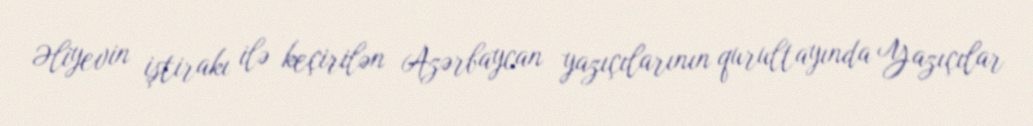
Əliyevin iştirakı ilə keçirilən Azərbaycan yazıçılarının qurultayında Yazıçılar